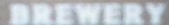
BREWERY